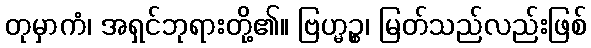
တုမှာကံ၊ အရှင်ဘုရားတို့၏။ ဗြဟ္မဉ္စ၊ မြတ်သည်လည်းဖြစ်